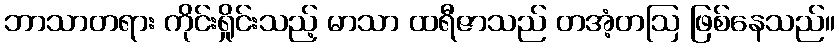
ဘာသာတရား ကိုင်းရှိုင်းသည့် မာသာ ထရီဇာသည် တအံ့တဩ ဖြစ်နေသည်။